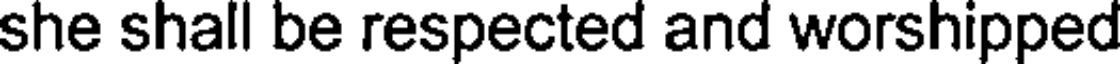
she shall be respected and worshipped